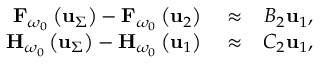
\begin{array} { r l r } { { \bf F } _ { \omega _ { 0 } } \left( { \bf u } _ { \Sigma } \right) - { \bf F } _ { \omega _ { 0 } } \left( { \bf u } _ { 2 } \right) } & { { } \approx } & { { \cal B } _ { 2 } \mathbf { u } _ { 1 } , } \\ { { \bf H } _ { \omega _ { 0 } } \left( { \bf u } _ { \Sigma } \right) - { \bf H } _ { \omega _ { 0 } } \left( { \bf u } _ { 1 } \right) } & { { } \approx } & { { \cal C } _ { 2 } \mathbf { u } _ { 1 } , } \end{array}